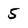
Character: 5